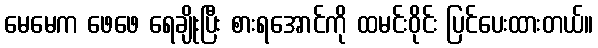
မေမေက ဖေဖေ ရေချိုးပြီး စားရအောင်ကို ထမင်းဝိုင်း ပြင်ပေးထားတယ်။